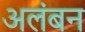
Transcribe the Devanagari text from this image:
अलंबन